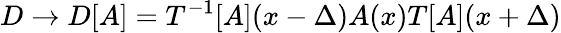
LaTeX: D\rightarrow D[A]=T^{-1}[A](x-\Delta)A(x)T[A](x+\Delta)